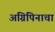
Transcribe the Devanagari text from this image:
अग्रिपिनाचा